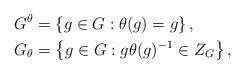
LaTeX: \begin{align*}G^\theta &= \left\{g\in G: \theta(g)=g\right\}, \\G_\theta &= \left\{g\in G: g\theta(g)^{-1}\in Z_G\right\},\end{align*}